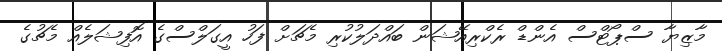
މާޒިޔާ ސްޕޯޓްސް އެންޑް ރެކްރިއޭޝަން ބައްދަލުކުރި މެޗަށް ފަހު އީގަލްސްގެ އޮފިޝަލެއް މެޗުގެ